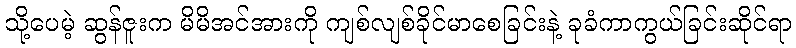
သို့ပေမဲ့ ဆွန်ဇူးက မိမိအင်အားကို ကျစ်လျစ်ခိုင်မာစေခြင်းနဲ့ ခုခံကာကွယ်ခြင်းဆိုင်ရာ